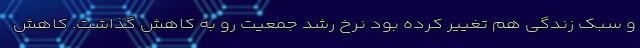
و سبک زندگی هم تغییر کرده بود نرخ رشد جمعیت رو به کاهش گذاشت. کاهش